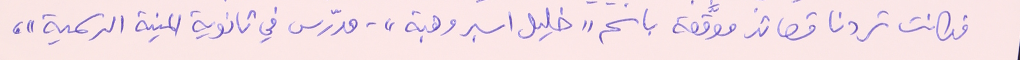
فكانت تردنا قصائد موقَّعة باسم "خليل اسبر وهبة". مدرّس في ثانوية المنية الرسمية"،